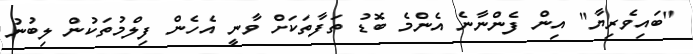
"ބައިވެރިޔާ" އިން ފެންނާނެ އެންމެ ބޮޑު ތަފާތަކަށް ވާނީ އެހެން ފިލްމުތަކުން ލިބުނު